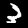
Digit: 3